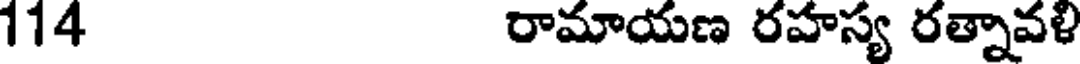
114 రామాయణ రహస్య రత్నావళి